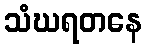
သံဃရတနေ